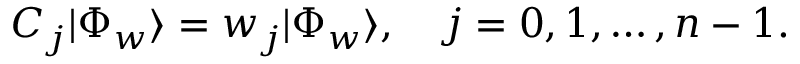
{ \cal C } _ { j } | \Phi _ { w } \rangle = w _ { j } | \Phi _ { w } \rangle , \quad j = 0 , 1 , \ldots , n - 1 .